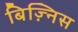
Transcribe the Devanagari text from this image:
बिज़्निस